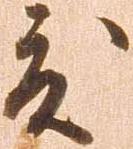
度